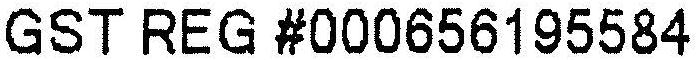
GST REG #000656195584